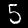
Digit: 5